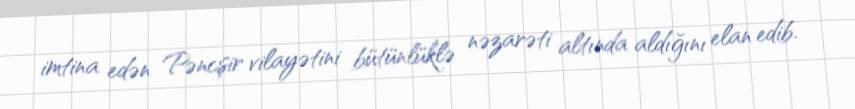
imtina edən Pəncşir vilayətini bütünlüklə nəzarəti altında aldığını elan edib.